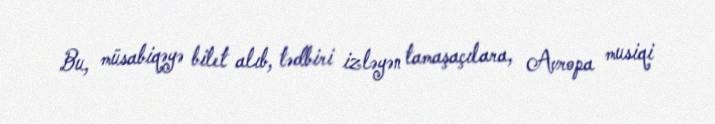
Bu, müsabiqəyə bilet alıb, tədbiri izləyən tamaşaçılara, Avropa musiqi